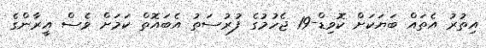
އިތުރު އެތައް ބަޔަކަށް ކޮވިޑް-19 ޖެހުމުގެ ފުރުސަތު އެބައޮތް ކަމަށް ވެސް އީރާންގެ